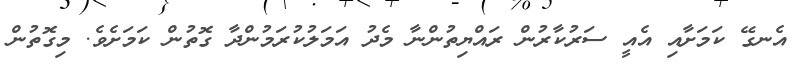
އެނގޭ ކަމަށާއި އެއީ ސަރުކާރުން ރައްޔިތުންނާ މެދު އަމަލުކުރަމުންދާ ގޮތުން ކަމަށެވެ. މިގޮތުން